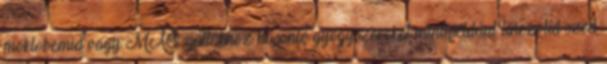
moklobemid vagy MAO-gátlókhoz hasonló gyógyszereket mint például linezolid szed